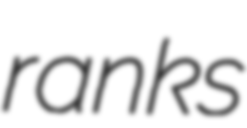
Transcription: ranks